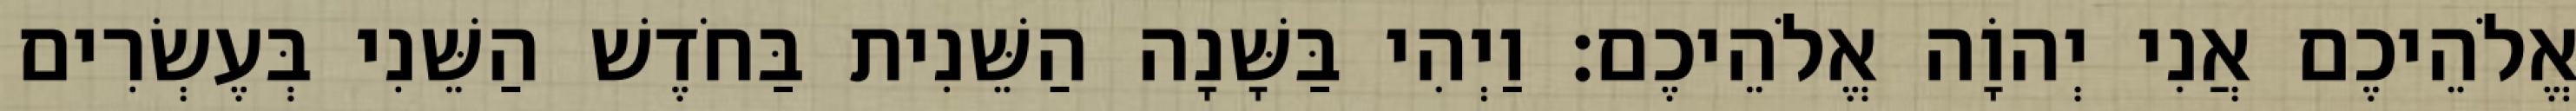
אֱלֹהֵיכֶם אֲנִי יְהוָֹה אֱלֹהֵיכֶם׃ וַיְהִי בַּשָּׁנָה הַשֵּׁנִית בַּחֹדֶשׁ הַשֵּׁנִי בְּעֶשְׂרִים